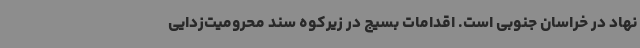
نهاد در خراسان جنوبی است. اقدامات بسیج در زیرکوه سند محرومیت‌زدایی